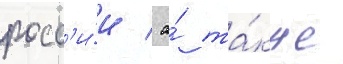
росс'и́и / а́ та́кже